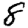
Digit: 8